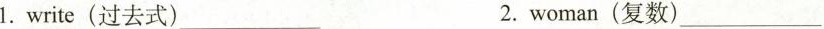
1.write(过去式) ___2.woman(复数)___